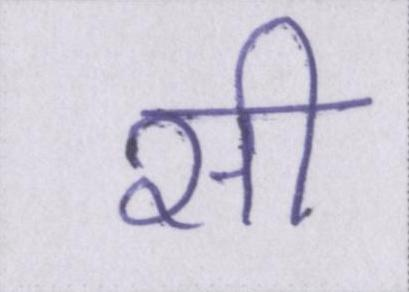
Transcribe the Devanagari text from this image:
सी